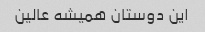
این دوستان همیشه عالین